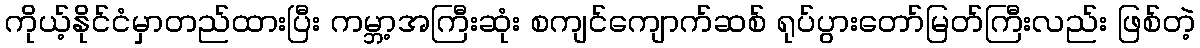
ကိုယ့်နိုင်ငံမှာတည်ထားပြီး ကမ္ဘာ့အကြီးဆုံး စကျင်ကျောက်ဆစ် ရုပ်ပွားတော်မြတ်ကြီးလည်း ဖြစ်တဲ့